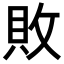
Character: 敗